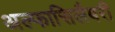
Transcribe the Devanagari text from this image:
अल्फासिलैबरी